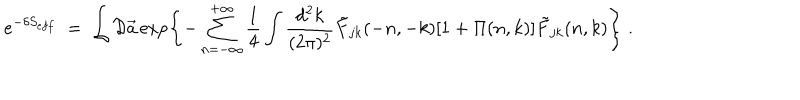
LaTeX: e ^ { - \delta S _ { e f f } } \; = \; \int { \cal D } \vec { a } \exp \left\{ - \sum _ { n = - \infty } ^ { + \infty } \frac { 1 } { 4 } \int \frac { d ^ { 2 } k } { ( 2 \pi ) ^ { 2 } } { \tilde { F } } _ { j k } ( - n , - k ) [ 1 + \Pi ( n , k ) ] { \tilde { F } } _ { j k } ( n , k ) \right\} \; .